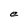
Character: e